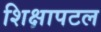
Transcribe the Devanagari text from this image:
शिक्षापटल